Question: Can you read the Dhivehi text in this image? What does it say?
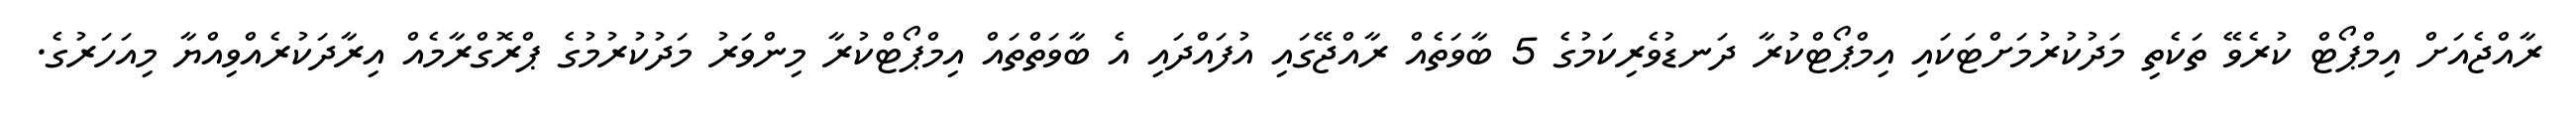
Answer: ރާއްޖެއަށް އިމްޕޯޓް ކުރެވޭ ތަކެތި މަދުކުރުމަށްޓަކައި އިމްޕޯޓްކުރާ ދަނޑުވެރިކަމުގެ 5 ބާވަތެއް ރާއްޖޭގައި އުފައްދައި އެ ބާވަތްތައް އިމްޕޯޓްކުރާ މިންވަރު މަދުކުރުމުގެ ޕްރޮގްރާމެއް އިރާދަކުރެއްވިއްޔާ މިއަހަރުގެ.